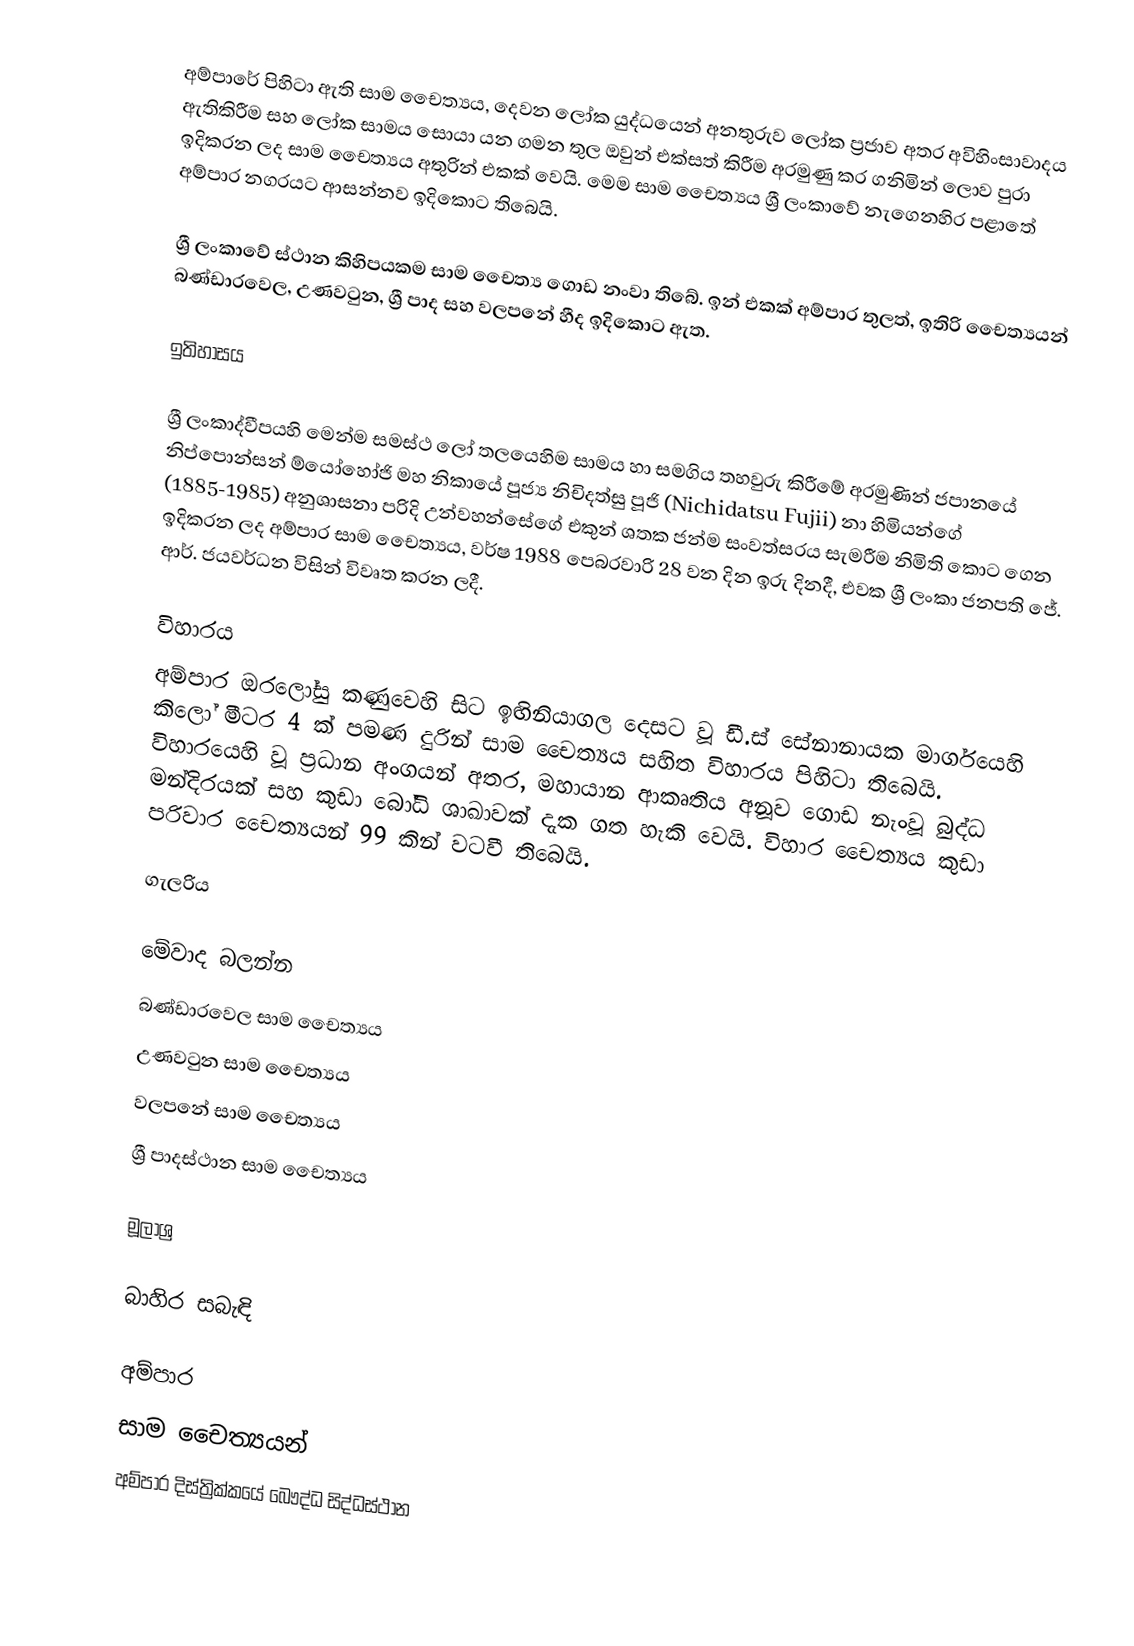
අම්පාරේ පිහිටා ඇති  සාම චෛත්‍යය, දෙවන ලෝක යුද්ධයෙන් අනතුරුව ලෝක ප්‍රජාව අතර අවිහිංසාවාදය ඇතිකිරීම සහ ලෝක සාමය සොයා යන ගමන තුල ඔවුන් එක්සත් කිරීම අරමුණු කර ගනිමින් ලොව පුරා ඉදිකරන ලද සාම චෛත්‍යය අතුරින් එකක් වෙයි. මෙම සාම චෛත්‍යය ශ්‍රී ලංකාවේ නැගෙනහිර පළාතේ අම්පාර නගරයට ආසන්නව ඉදිකොට තිබෙයි.

ශ්‍රී ලංකාවේ ස්ථාන කිහිපයකම සාම චෛත්‍ය ගොඩ නංවා තිබේ. ඉන් එකක් අම්පාර තුලත්, ඉතිරි චෛත්‍යයන් බණ්ඩාරවෙල, උණවටුන, ශ්‍රී පාද සහ වලපනේ හීද ඉදිකොට ඇත.

ඉතිහාසය

ශ්‍රී ලංකාද්වීපයහි මෙන්ම සමස්ථ ලෝ තලයෙහිම සාමය හා සමගිය තහවුරු කිරීමේ අරමුණින් ජපානයේ නිප්පොන්සන් ම්යෝහෝජි මහ නිකායේ පූජ්‍ය නිචිදත්සු පූජි (Nichidatsu Fujii) නා හිමියන්ගේ (1885-1985) අනුශාසනා පරිදි උන්වහන්සේගේ එකුන් ශතක ජන්ම සංවත්සරය සැමරීම නිමිති කොට ගෙන ඉදිකරන ලද අම්පාර සාම චෙෙත්‍යය, වර්ෂ 1988 පෙබරවාරි 28 වන දින ඉරු දිනදී, එවක ශ්‍රී ලංකා ජනපති ජේ. ආර්. ජයවර්ධන විසින් විවෘත කරන ලදී.

විහාරය
අම්පාර ඔරලෝසු කණුවෙහි සිට ඉඟිනියාගල දෙසට වූ ඩී.ස් සේනානායක මාර්ගයෙහි කිලෝ මීටර 4 ක් පමණ දුරින් සාම චෛත්‍යය සහිත විහාරය පිහිටා තිබෙයි.  විහාරයෙහි වූ ප්‍රධාන අංගයන් අතර, මහායාන ආකෘතිය අනූව ගොඩ නැංවූ බුද්ධ මන්දිරයක් සහ කුඩා බෝධි ශාඛාවක් දැක ගත හැකි වෙයි. විහාර චෛත්‍යය කුඩා පරිවාර චෙෙත්‍යයන් 99 කින් වටවී තිබෙයි.

ගැලරිය

මේවාද බලන්න
බණ්ඩාරවෙල සාම චෛත්‍යය
උණවටුන සාම චෛත්‍යය
වලපනේ සාම චෛත්‍යය
ශ්‍රී පාදස්ථාන සාම චෛත්‍යය

මූලාශ්‍ර

බාහිර සබැඳි

අම්පාර
සාම චෛත්‍යයන්
අම්පාර දිස්ත්‍රික්කයේ බෞද්ධ සිද්ධස්ථාන‎